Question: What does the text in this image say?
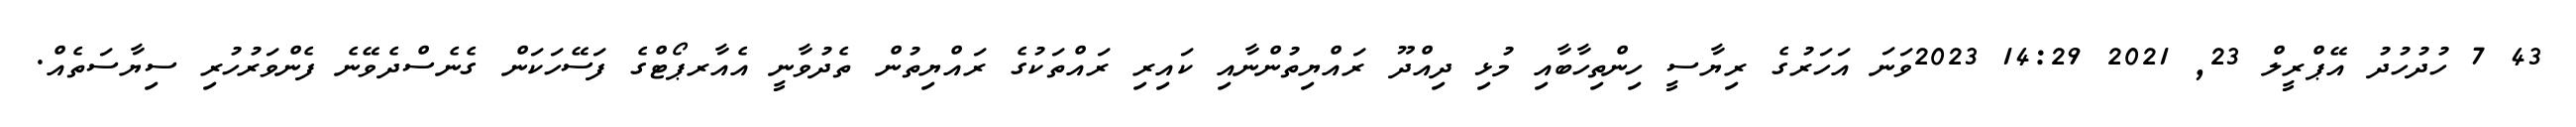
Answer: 43 7 ހުދުހުދު އޭޕްރީލް 23, 2021 14:29 2023ވަނަ އަހަރުގެ ރިޔާސީ ހިންތިހާބާއި މުޅި ދިއްދޫ ރައްޔިތުންނާއި ކައިރި ރައްތަކުގެ ރައްޔިތުން ތެދުވާނީ އެއާރޕޯޓްގެ ފަސޭހަކަން ގެނެސްދެވޭނެ ފެންވަރުހުރި ސިޔާސަތެއް.